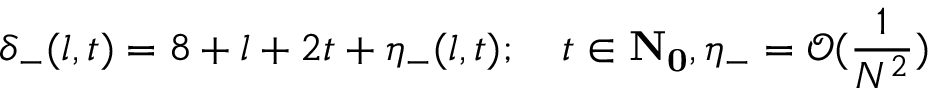
\delta _ { - } ( l , t ) = 8 + l + 2 t + \eta _ { - } ( l , t ) ; \quad t \in { \bf { N } _ { 0 } } , \eta _ { - } = \mathcal { O } ( \frac { 1 } { N ^ { 2 } } )